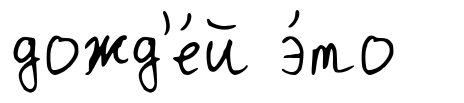
дожд'е́й э́то